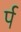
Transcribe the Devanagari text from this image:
र्प